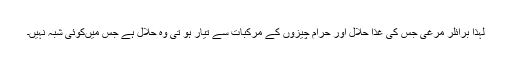
لہٰذا برائلر مرغی جس کی غذا حلال اور حرام چیزوں کے مرکبات سے تیار ہو تی وہ حلال ہے جس میںکوئی شبہ نہیں۔